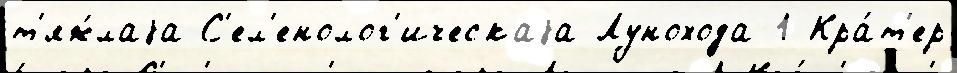
т'яж́лаjа С'ел'енолог'ическаjа Лунохода-1 Кра́т'ер